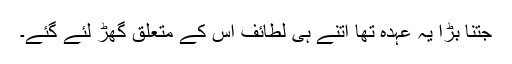
جتنا بڑا یہ عہدہ تھا اتنے ہی لطائف اس کے متعلق گھڑ لئے گئے۔